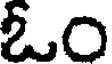
ఓం